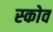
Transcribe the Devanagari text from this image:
स्‍कोव